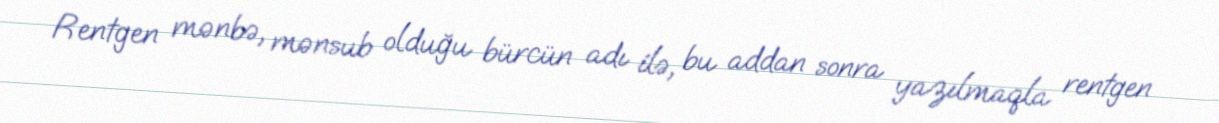
Rentgen mənbə, mənsub olduğu bürcün adı ilə, bu addan sonra yazılmaqla rentgen